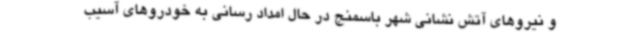
و نیروهای آتش نشانی شهر باسمنج در حال امداد رسانی به خودروهای آسیب